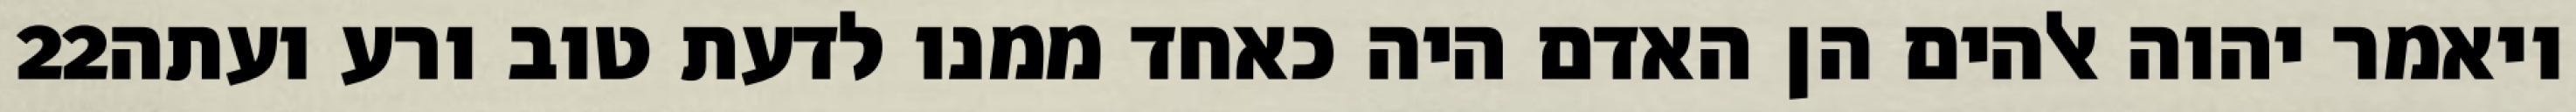
‎22‏ ויאמר יהוה אלהים הן האדם היה כאחד ממנו לדעת טוב ורע ועתה